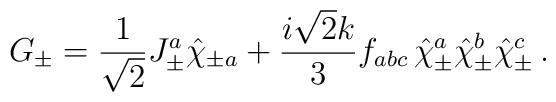
G_\pm=\frac{1}{\sqrt 2}J^a_\pm \hat\chi_{\pm a}+\frac{i\sqrt 2 k}{3}f_{abc}\,\hat\chi^a_\pm\hat\chi^b_\pm \hat\chi^c_\pm\, .